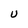
Character: U